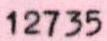
12735